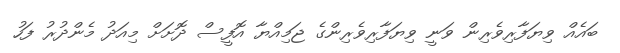
ބައެއް ވިޔަފާރިވެރިން ވަނީ ވިޔަފާރިވެރިންގެ ޖަމިއްޔާ އޮފީސް ދޮށަށް މިއަދު މެންދުރު ފަހު